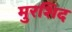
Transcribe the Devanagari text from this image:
मुरशिद